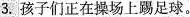
3.孩子们正在操场上踢足球。